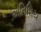
અતિશિય